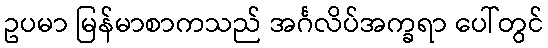
ဥပမာ မြန်မာစာကသည် အင်္ဂလိပ်အက္ခရာ ပေါ်တွင်